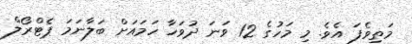
މަތިވެފަ އެވެ. މި މަހުގެ 12 ވަނަ ދުވަހާ ހަމައަށް ބަލާނަމަ ޕެޓްރޯލް